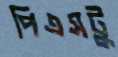
পিএসটু